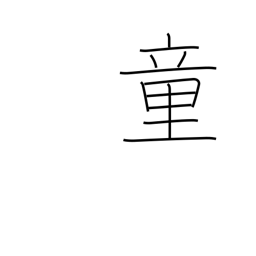
Meaning: juvenile